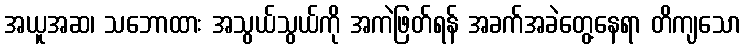
အယူအဆ၊ သဘောထား အသွယ်သွယ်ကို အကဲဖြတ်ရန် အခက်အခဲတွေ့နေရာ တိကျသော